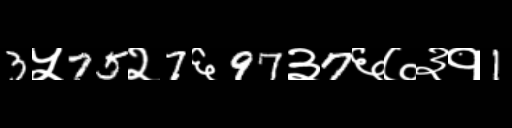
Text: 3५75२7६97३7६७३१1